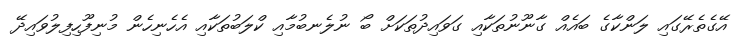
އޭގެތެރޭގައި ލަންކާގެ ބައެއް ގާނޫނުތަކާއި ގަވައިދުތަކަށް ބޯ ނުލެނބުމާއި ކްލަބުތަކާއި އެހެނިހެން މުނިފޫހިފިލުވައިދޭ